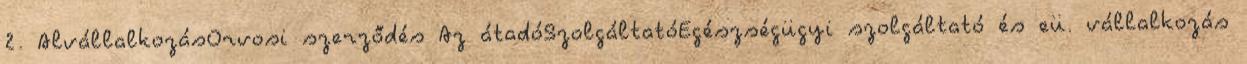
2. AlvállalkozásOrvosi szerződés Az átadóSzolgáltatóEgészségügyi szolgáltató és eü. vállalkozás